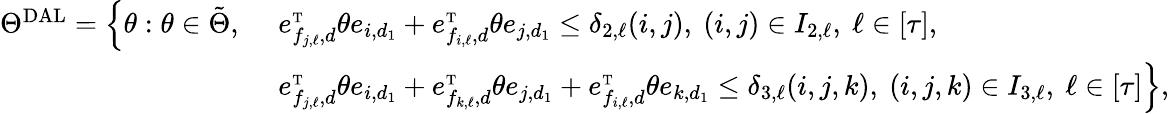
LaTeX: \begin{array}{rl}{\Theta^{\mathrm{DAL}}=\Big\{ \theta:\theta\in\tilde{\Theta},\ }&{e_{f_{j,\ell},d}^{\mathrm{\scriptscriptstyle T}}\theta e_{i,d_{1}}+e_{f_{i,\ell},d}^{\mathrm{\scriptscriptstyle T}}\theta e_{j,d_{1}}\leq\delta_{2,\ell}(i,j),\ (i,j)\in I_{2,\ell},\ \ell\in[\tau],}\\ &{e_{f_{j,\ell},d}^{\mathrm{\scriptscriptstyle T}}\theta e_{i,d_{1}}+e_{f_{k,\ell},d}^{\mathrm{\scriptscriptstyle T}}\theta e_{j,d_{1}}+e_{f_{i,\ell},d}^{\mathrm{\scriptscriptstyle T}}\theta e_{k,d_{1}}\leq\delta_{3,\ell}(i,j,k),\ (i,j,k)\in I_{3,\ell},\ \ell\in[\tau]\Big\} ,}\end{array}